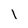
Character: I